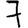
Digit: 7